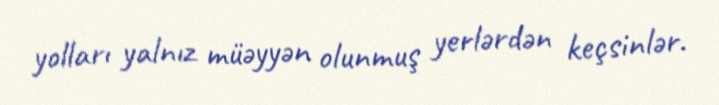
yolları yalnız müəyyən olunmuş yerlərdən keçsinlər.